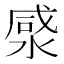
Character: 𭱡